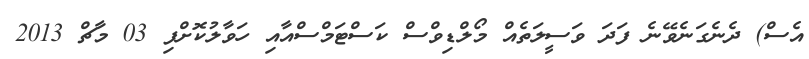
އެސް) ދެނެގަނެވޭނެ ފަދަ ވަސީލަތެއް މޯލްޑިވްސް ކަސްޓަމްސްއާއި ހަވާލުކޮށްފި 03 މާޗް 2013